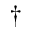
^ { \dagger }